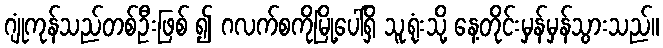
ဂျုံကုန်သည်တစ်ဦးဖြစ် ၍ ဂလက်စကိုမြို့ပေါ်ရှိ သူ့ရုံးသို့ နေ့တိုင်းမှန်မှန်သွားသည်။